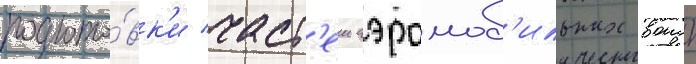
подгото́вк'и част'еи аэромоб'ильных воиск